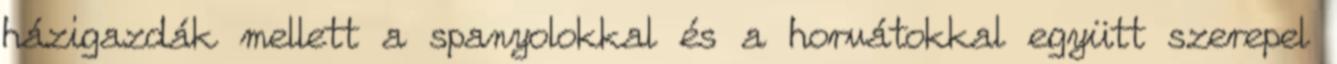
házigazdák mellett a spanyolokkal és a horvátokkal együtt szerepel